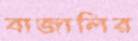
বাজালির